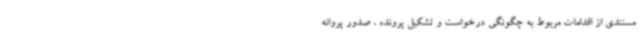
مستندی از اقدامات مربوط به چگونگی درخواست و تشکیل پرونده ، صدور پروانه